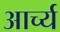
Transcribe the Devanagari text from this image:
आर्च्य